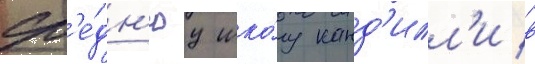
ср'е́дн'юу шко́лу канд'илл'и в